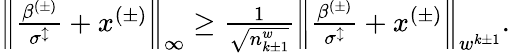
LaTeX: \begin{array}{r}{\left\lVert\frac{\beta^{(\pm)}}{\sigma^{\updownarrow}}+x^{(\pm)}\right\rVert_{\infty}\geq\frac{1}{\sqrt{n_{k\pm 1}^{w}}}\left\lVert\frac{\beta^{(\pm)}}{\sigma^{\updownarrow}}+x^{(\pm)}\right\rVert_{w^{k\pm 1}}.}\end{array}